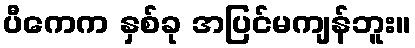
ပီကေက နှစ်ခု အပြင်မကျန်ဘူး။